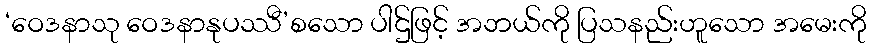
‘ဝေဒနာသု ဝေဒနာနုပဿီ’စသော ပါဌ်ဖြင့် အဘယ်ကို ပြသနည်းဟူသော အမေးကို